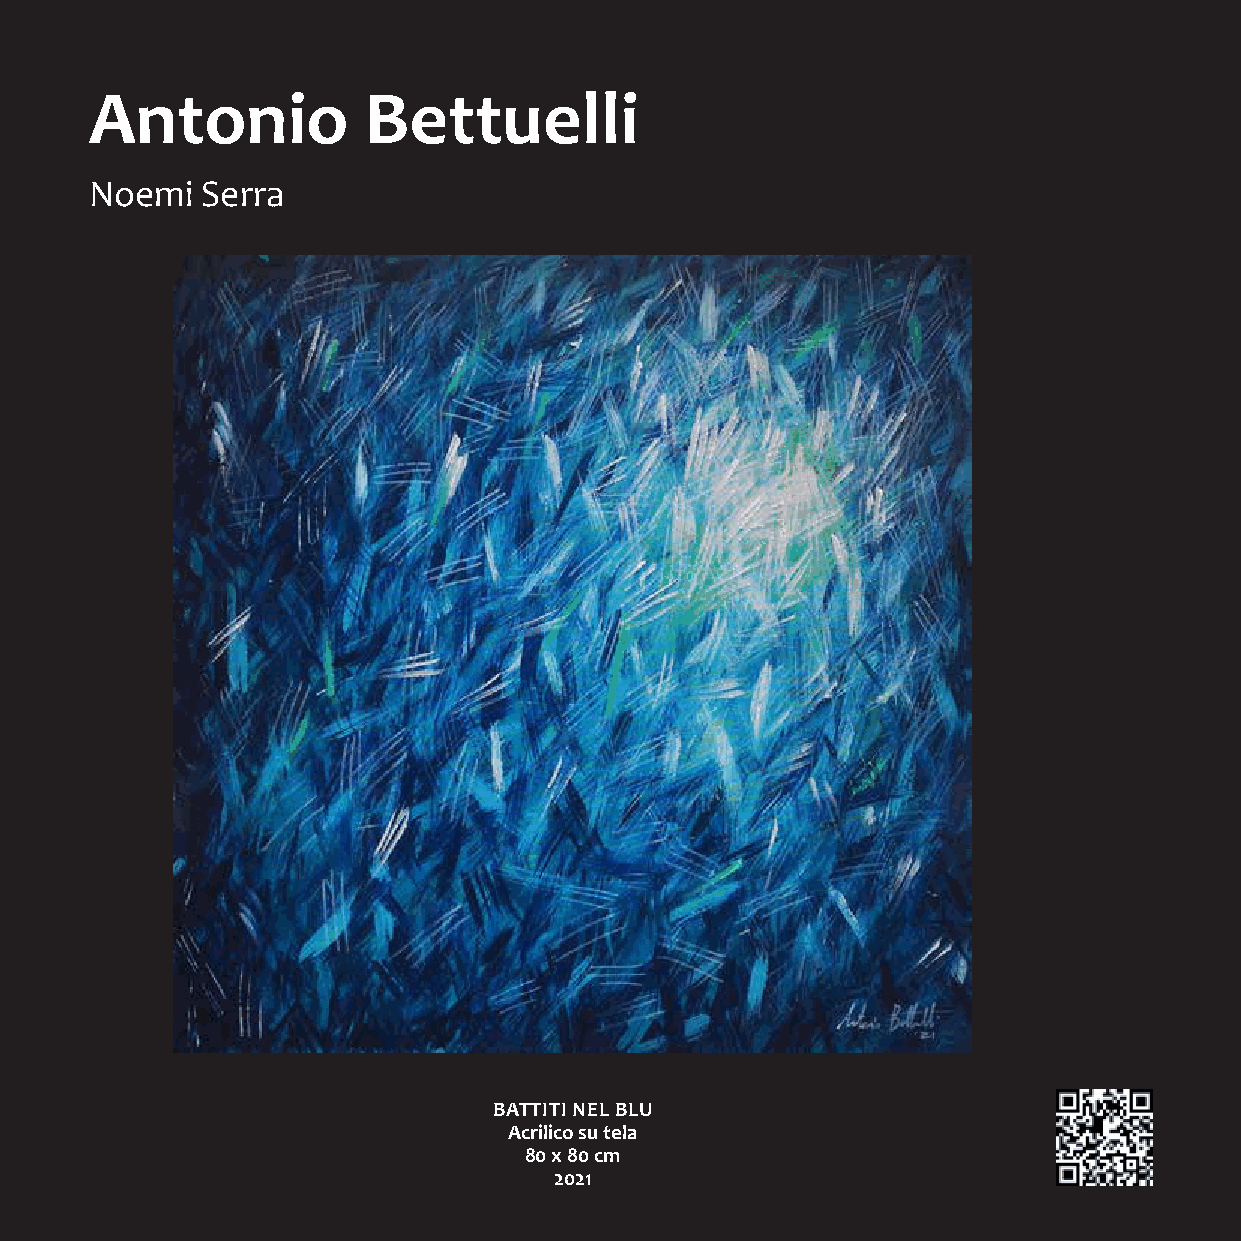
Antonio           Bettuelli
 Noemi  Serra
 BATTITI NEL BLU
 Acrilico su tela
 80 x 80 cm
 2021